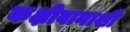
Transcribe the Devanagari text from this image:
कक्षीवानाशी